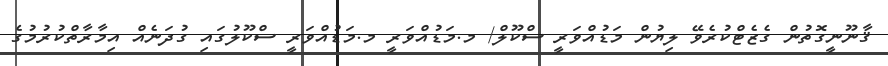
ޤާނޫނީގޮތުން ގެޒެޓްކުރެވޭ ލިޔުން މަޑުއްވަރީ ސްކޫލް/ މ.މަޑުއްވަރީ މ.މަޑުއްވަރީ ސްކޫލުގައި ގުދަނެއް އިމާރާތްކުރުމުގެ